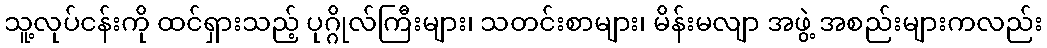
သူ့လုပ်ငန်းကို ထင်ရှားသည့် ပုဂ္ဂိုလ်ကြီးများ၊ သတင်းစာများ၊ မိန်းမလျာ အဖွဲ့ အစည်းများကလည်း